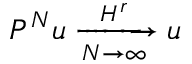
P ^ { N } u \xrightarrow [ N \rightarrow \infty ] { H ^ { r } } u